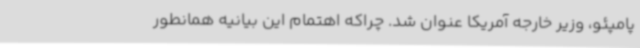
پامپئو، وزیر خارجه آمریکا عنوان شد. چراکه اهتمام این بیانیه همانطور